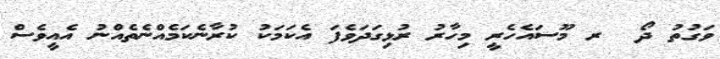
ވަގުތު ދޯ  ރ މޫސައެހެރީ މިހާރު ރުޅިގަދަވެފަ އެކަމަކު ކުރާނެކަމެއްނެތެއްނު އެއީވެސް